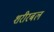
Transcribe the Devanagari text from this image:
शरीरबल